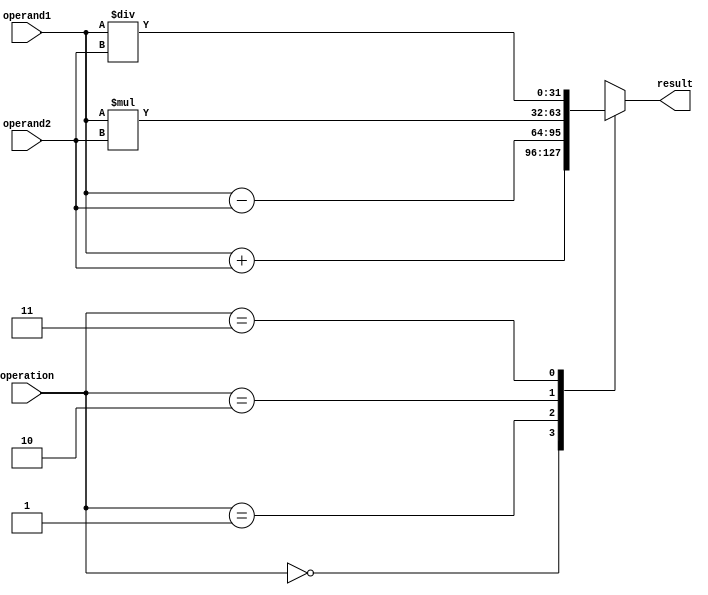
module floating_point_alu(
    input wire [31:0] operand1,
    input wire [31:0] operand2,
    input wire [1:0] operation, // 00: addition, 01: subtraction, 10: multiplication, 11: division
    output reg [31:0] result
);

always @ (operand1, operand2, operation) begin
    case(operation)
        2'b00: result = operand1 + operand2; // addition
        2'b01: result = operand1 - operand2; // subtraction
        2'b10: result = operand1 * operand2; // multiplication
        2'b11: result = operand1 / operand2; // division
    endcase
end

endmodule